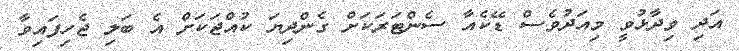
އަދި ވިދާޅުވީ މިއަދުވެސް ޑޭކެއާ ސެންޓަރަކަށް ގެންދިޔަ ކުއްޖަކަށް އެ ބަލި ޖެހިފައިވާ